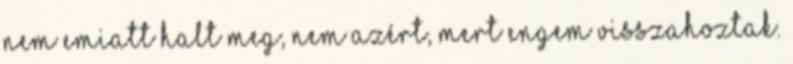
nem emiatt halt meg, nem azért, mert engem visszahoztak.